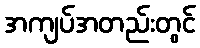
အကျပ်အတည်းတွင်